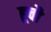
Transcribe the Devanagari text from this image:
हूचौ